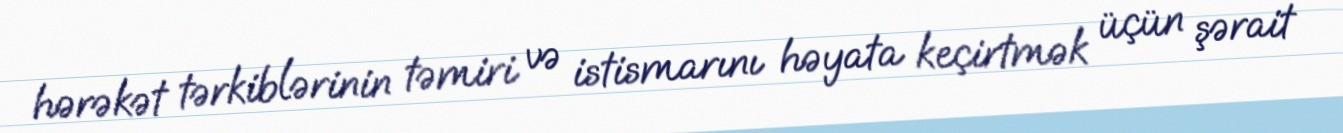
hərəkət tərkiblərinin təmiri və istismarını həyata keçirtmək üçün şərait